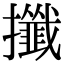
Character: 攕